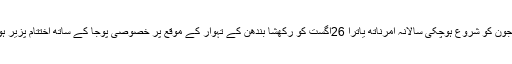
28 جون کو شروع ہوچکی سالانہ امرناتھ یاترا 26اگست کو رکھشا بندھن کے تہوار کے موقع پر خصوصی پوجا کے ساتھ اختتام پزیر ہوگی۔